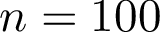
n = 1 0 0